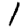
Digit: 1